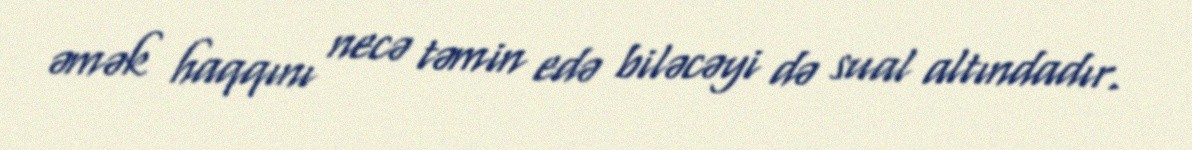
əmək haqqını necə təmin edə biləcəyi də sual altındadır.